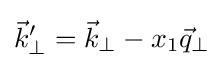
{\vec {k}}_{\perp }^{\prime }={\vec {k}}_{\perp }-x_{1}{\vec {q}}_{\perp }